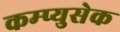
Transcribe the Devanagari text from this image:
कम्प्युसेक